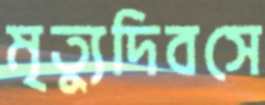
মৃত্যুদিবসে